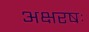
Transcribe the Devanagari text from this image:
अक्षरषः